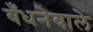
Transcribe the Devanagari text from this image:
बँधनेवाले